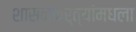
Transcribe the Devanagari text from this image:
शासनकर्त्यांमधला